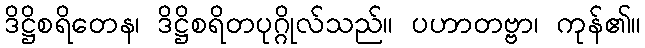
ဒိဋ္ဌိစရိတေန၊ ဒိဋ္ဌိစရိတပုဂ္ဂိုလ်သည်။ ပဟာတဗ္ဗာ၊ ကုန်၏။